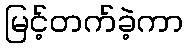
မြင့်တက်ခဲ့ကာ